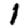
Digit: 1